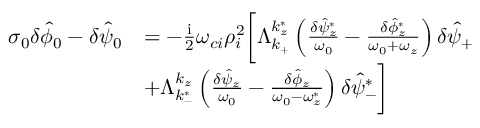
\begin{array} { r l } { \sigma _ { 0 } \delta \hat { \phi } _ { 0 } - \delta \hat { \psi } _ { 0 } } & { = - \frac { \mathrm { i } } { 2 } \omega _ { c i } \rho _ { i } ^ { 2 } \bigg [ \Lambda _ { k _ { + } } ^ { k _ { z } ^ { * } } \left( \frac { \delta \hat { \psi } _ { z } ^ { * } } { \omega _ { 0 } } - \frac { \delta \hat { \phi } _ { z } ^ { * } } { \omega _ { 0 } + \omega _ { z } } \right) \delta \hat { \psi } _ { + } } \\ & { + \Lambda _ { k _ { - } ^ { * } } ^ { k _ { z } } \left( \frac { \delta \hat { \psi } _ { z } } { \omega _ { 0 } } - \frac { \delta \hat { \phi } _ { z } } { \omega _ { 0 } - \omega _ { z } ^ { * } } \right) \delta \hat { \psi } _ { - } ^ { * } \bigg ] } \end{array}